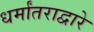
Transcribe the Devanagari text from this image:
धर्मांतराद्वारे